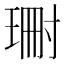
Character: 𭹝